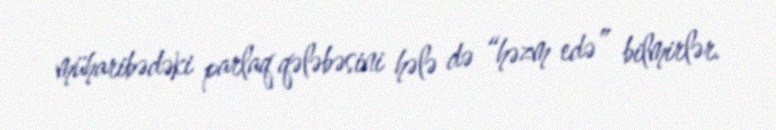
müharibədəki parlaq qələbəsini hələ də “həzm edə” bilmirlər.